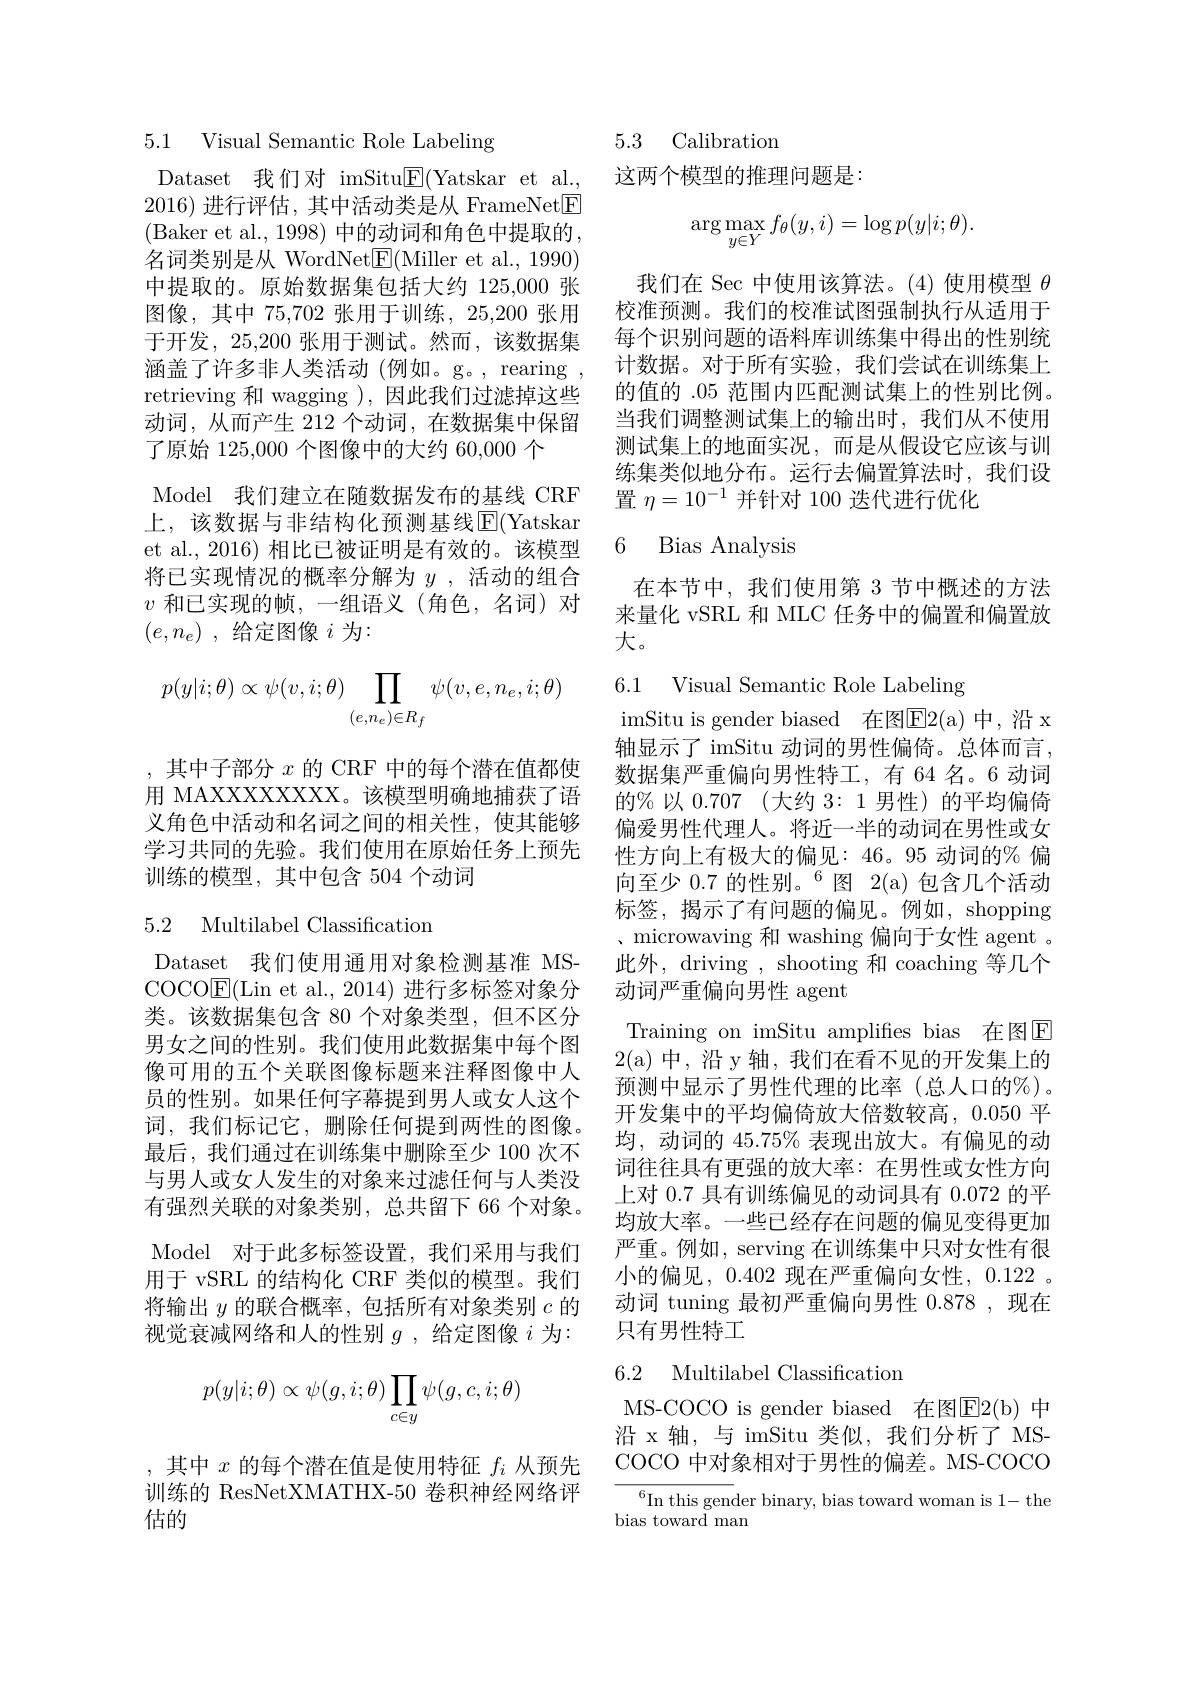
5.1 Visual Semantic Role Labeling

Dataset 我们对 imSitu$\underline{\mathrm{E}}($Yatskar et al., 2016)进行评估，其中活动类是从 FrameNet$\boxed{\mathrm{E}}$ (Baker et al., 1998) 中的动词和角色中提取的名词类别是从 WordNet$\underline{\mathrm{E}}($Miller et al., 1990) 中提取的。原始数据集包括大约 125,000 张图像，其中 75,702 张用于训练，25,200 张用了原始 125,000 个图像中的大约 60,000 个
Model 我们建立在随数据发布的基线 CRF 上，该数据与非结构化预测基线$\operatorname{E}($Yatskar et al., 2016) 相比已被证明是有效的。该模型将已实现情况的概率分解为$y$ ,活动的组合$v$和已实现的帧，一组语义(角色，名词)对$( e, n_e)$ ,给定图像$i$为：
$$p(y|i;\theta)\propto\psi(v,i;\theta)\prod_{(e,n_e)\in R_f}\psi(v,e,n_e,i;\theta)$$
,其中子部分$x$的 CRF 中的每个潜在值都使用 MAXXXXXXXXX。该模型明确地捕获了语义角色中活动和名词之间的相关性，使其能够学习共同的先验。我们使用在原始任务上预先训练的模型，其中包含 504 个动词

## 5.2 Multilabel Classification

Dataset 我们使用通用对象检测基准 MSCOCO$\boxed{\mathrm{E}}($Lin et al.,2014)进行多标签对象分类。该数据集包含 80 个对象类型，但不区分男女之间的性别。我们使用此数据集中每个图像可用的五个关联图像标题来注释图像中人员的性别。如果任何字幕提到男人或女人这个词，我们标记它，删除任何提到两性的图像。最后，我们通过在训练集中删除至少 100 次不与男人或女人发生的对象来过滤任何与人类没有强烈关联的对象类别，总共留下 66 个对象。视觉衰减网络和人的性别$g$ ,给定图像$i$为：
$$\begin{aligned}p(y|i;\theta)\propto\psi(g,i;\theta)\prod_{c\in y}\psi(g,c,i;\theta)\end{aligned}$$
,其中$x$的每个潜在值是使用特征$f_i$从预先训练的 ResNetXMATHX-50 卷积神经网络评估的

## 5.3 Calibration

这两个模型的推理问题是：
$$\arg\max\limits_{y\in Y}f_\theta(y,i)=\log p(y|i;\theta).$$
我们在 Sec 中使用该算法。(4)使用模型$\theta$ 校准预测。我们的校准试图强制执行从适用于
于开发，25,200 张用于测试。然而，该数据集 每个识别问题的语料库训练集中得出的性别统涵盖了许多非人类活动 (例如。g。, rearing , 计数据。对于所有实验，我们尝试在训练集上retrieving 和 wagging ),因此我们过滤掉这些 的值的.05范围内匹配测试集上的性别比例。动词，从而产生 212 个动词，在数据集中保留 当我们调整测试集上的输出时，我们从不使用
测试集上的地面实况，而是从假设它应该与训练集类似地分布。运行去偏置算法时，我们设置$\eta=10^{-1}$并针对 100 迭代进行优化

### 6 Bias Analvsis

在本节中，我们使用第 3 节中概述的方法来量化 vSRL 和 MLC 任务中的偏置和偏置放大。

6.1 Visual Semantic Role Labeling

imSitu is gender biased 在图$\overline{\mathrm{E}}2($a)中，沿 x 轴显示了 imSitu 动词的男性偏倚。总体而言， 数据集严重偏向男性特工，有 64 名。6 动词的% 以0.707 (大约 3: 1 男性)的平均偏倚偏爱男性代理人。将近一半的动词在男性或女性方向上有极大的偏见：46。95 动词的% 偏向至少$0.7\text{ 的性别。}^6$图 2(a)包含几个活动标签，揭示了有问题的偏见。例如，shopping 、microwaving 和 washing 偏向于女性 agent 。此外，driving , shooting 和 coaching 等几个动词严重偏向男性 agent
Training on imSitu amplifies bias 在图E 2(a)中，沿 y轴，我们在看不见的开发集上的预测中显示了男性代理的比率(总人口的%)。开发集中的平均偏倚放大倍数较高，0.050 平均，动词的 45.75% 表现出放大。有偏见的动词往往具有更强的放大率：在男性或女性方向上对 0.7 具有训练偏见的动词具有 0.072 的平均放大率。一些已经存在问题的偏见变得更加
Model 对于此多标签设置，我们采用与我们 严重。例如，serving 在训练集中只对女性有很用于 vSRL 的结构化 CRF 类似的模型。我们 小的偏见，0.402 现在严重偏向女性，0.122 。将输出$y$的联合概率，包括所有对象类别$c$的 动词 tuning 最初严重偏向男性0.878,现在
只有男性特工

## 6.2 Multilabel Classification

MS-COCO is gender biased 在图E2( b) 中沿 x 轴，与 imSitu 类似，我们分析了 MSCOCO 中对象相对于男性的偏差。MS-COCO

$^{6}$In this gender binary, bias toward woman is 1- the
bias toward man